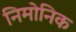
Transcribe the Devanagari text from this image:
निमोनिक